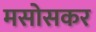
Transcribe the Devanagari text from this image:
मसोसकर